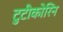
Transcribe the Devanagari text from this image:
टुटीकोरिन